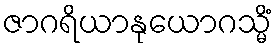
ဇာဂရိယာနုယောဂသ္မိံ